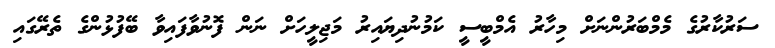
ސަރުކާރުގެ މެމްބަރުންނަށް މިހާރު އެމްބީސީ ކަމުނުދިޔައިރު މަޖިލީހަށް ނަން ފޮނުވާފައިވާ ބޭފުޅުންގެ ތެރޭގައި